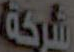
شركة